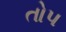
તોપ